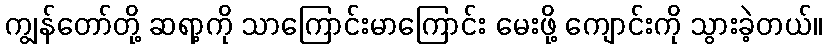
ကျွန်တော်တို့ ဆရာ့ကို သာကြောင်းမာကြောင်း မေးဖို့ ကျောင်းကို သွားခဲ့တယ်။